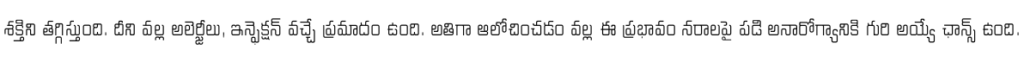
శక్తిని తగ్గిస్తుంది. దీని వల్ల అలెర్జీలు, ఇన్ఫెక్షన్ వచ్చే ప్రమాదం ఉంది. అతిగా ఆలోచించడం వల్ల ఈ ప్రభావం నరాలపై పడి అనారోగ్యానికి గురి అయ్యే ఛాన్స్ ఉంది.